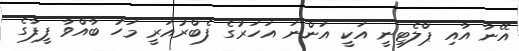
އޭނާ އާއި ޕްލެޓިނީ އަކީ އަންނަ އަހަރުގެ ފެބްރުއަރީ މަހު ބާއްވާ ފީފާގެ